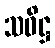
သဝိဋ္ဌ